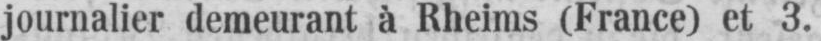
journalier demeurant à Rheims (France) et 3.